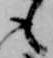
も